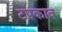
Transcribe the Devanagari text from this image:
टपकाव